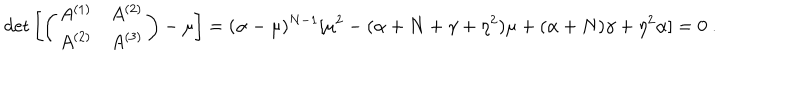
\det \left[ \left( \begin{matrix} { { A ^ { ( 1 ) } } } & { { A ^ { ( 2 ) } } } \\ { { A ^ { ( 2 ) } } } & { { A ^ { ( 3 ) } } } \\ \end{matrix} \right) - \mu \right] = ( \alpha - \mu ) ^ { N - 1 } [ \mu ^ { 2 } - ( \alpha + N + \gamma + \eta ^ { 2 } ) \mu + ( \alpha + N ) \gamma + \eta ^ { 2 } \alpha ] = 0 ~ .